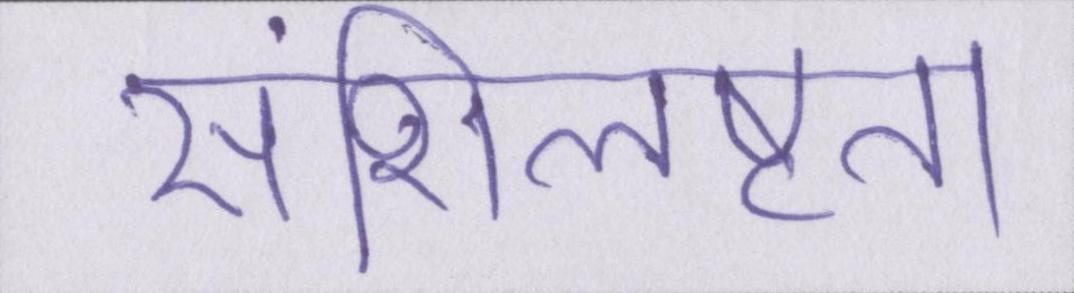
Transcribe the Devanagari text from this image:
संशिलष्टता